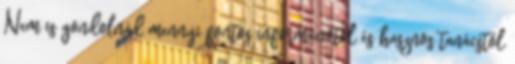
Nem is gondolnád mennyi fontos információtól és hasznos tanácstól